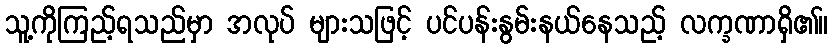
သူ့ကိုကြည့်ရသည်မှာ အလုပ် များသဖြင့် ပင်ပန်းနွမ်းနယ်နေသည့် လက္ခဏာရှိ၏။